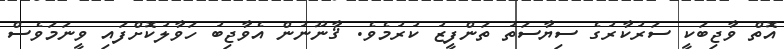
އޮތް ވާޖިބަކީ ސަރުކާރުގެ ސިޔާސަތު ތަންފީޒު ކުރުމެވެ. ޤާނޫނުން އެވާޖިބު ހަވާލުކޮށްފައި ވީނަމަވެސް